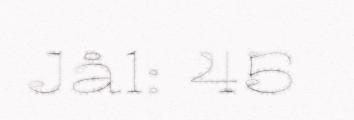
Jå1: 45